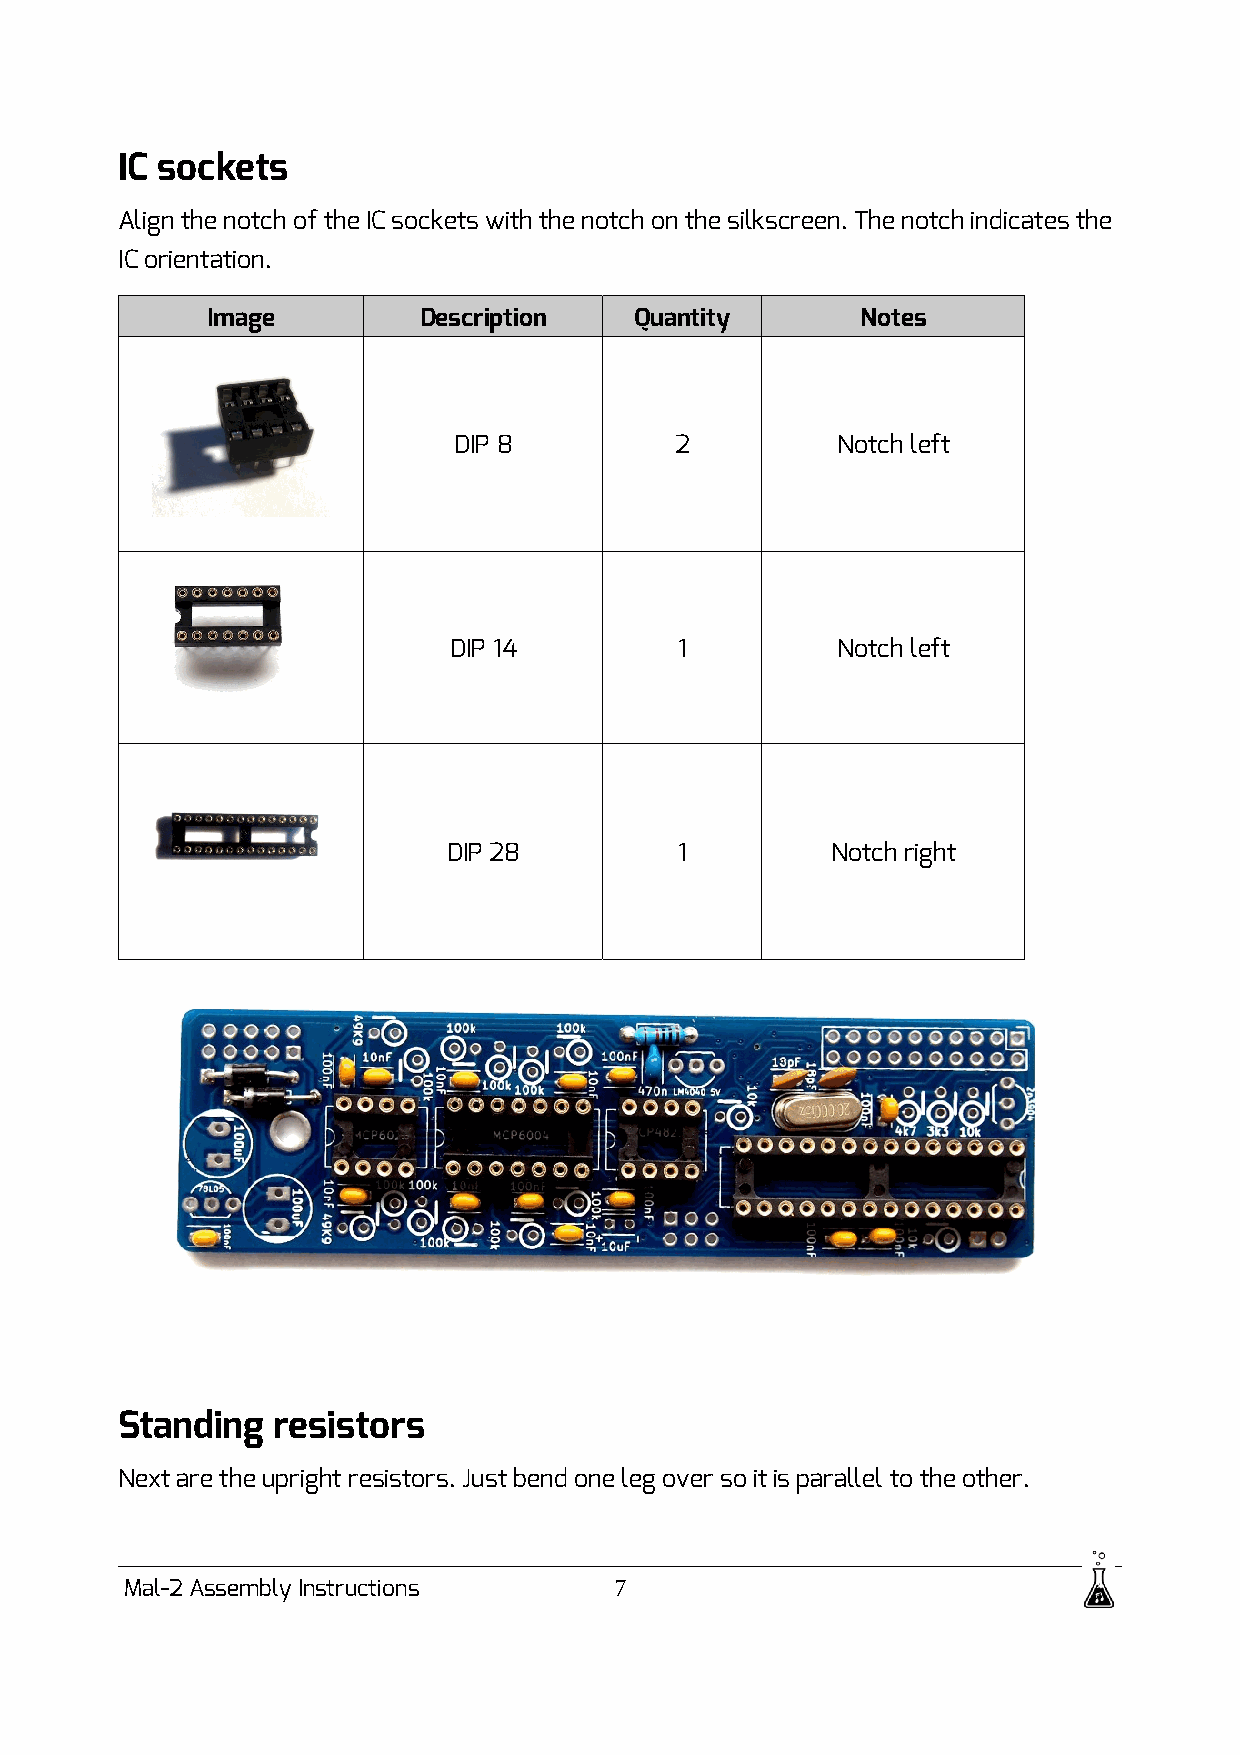
IC sockets
 Align the notch of the IC sockets with the notch on the silkscreen. The notch indicates the
 IC orientation.
 Image         Description   Quantity       Notes
 DIP 8          2         Notch left
 DIP 14         1         Notch left
 DIP 28         1         Notch right
 Standing  resistors
 Next are the upright resistors. Just bend one leg over so it is parallel to the other.
 Mal-2 Assembly Instructions      7